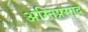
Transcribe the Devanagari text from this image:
अग्निप्रसाद